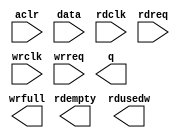
module async_fifo_256x72_to_36 (
	aclr,
	data,
	rdclk,
	rdreq,
	wrclk,
	wrreq,
	q,
	rdempty,
	rdusedw,
	wrfull);

	input	  aclr;
	input	[71:0]  data;
	input	  rdclk;
	input	  rdreq;
	input	  wrclk;
	input	  wrreq;
	output	[35:0]  q;
	output	  rdempty;
	output	[8:0]  rdusedw;
	output	  wrfull;
`ifndef ALTERA_RESERVED_QIS
// synopsys translate_off
`endif
	tri0	  aclr;
`ifndef ALTERA_RESERVED_QIS
// synopsys translate_on
`endif

endmodule